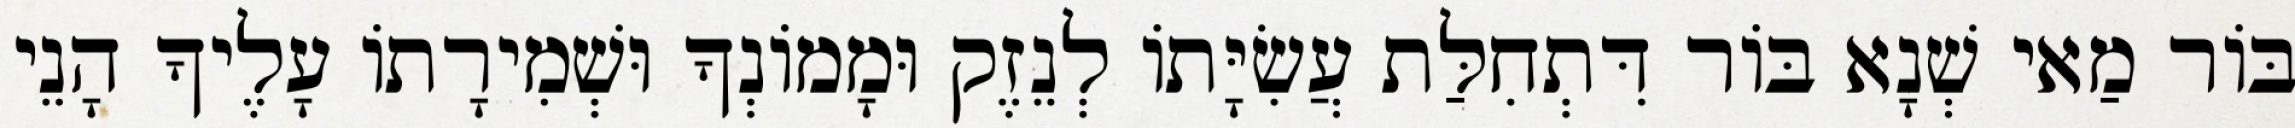
בּוֹר מַאי שְׁנָא בּוֹר דִּתְחִלַּת עֲשִׂיָּתוֹ לְנֵזֶק וּמָמוֹנְךָ וּשְׁמִירָתוֹ עָלֶיךָ הָנֵי